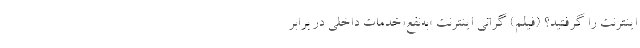
اینترنت را گرفتید؟ (فیلم) گرانی اینترنت «به‌نفع»خدمات داخلی در برابر